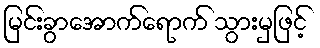
မြင်းခွာအောက်ရောက် သွားမှဖြင့်